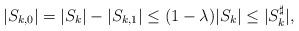
LaTeX: \begin{align*}|S_{k,0} | = |S_k | - |S_{k,1} | \leq (1-\lambda )|S_k | \leq |S_k^\sharp | ,\end{align*}